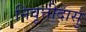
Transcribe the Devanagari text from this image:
निवृत्तीदासु